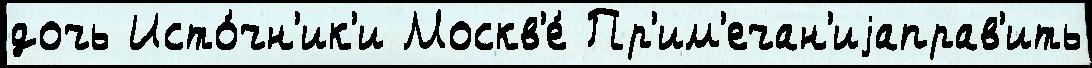
дочь Исто́чн'ик'и Москв'е́ Пр'им'ечан'иjаправ'ить